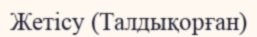
Жетісу (Талдықорған)